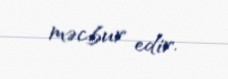
məcbur edir.